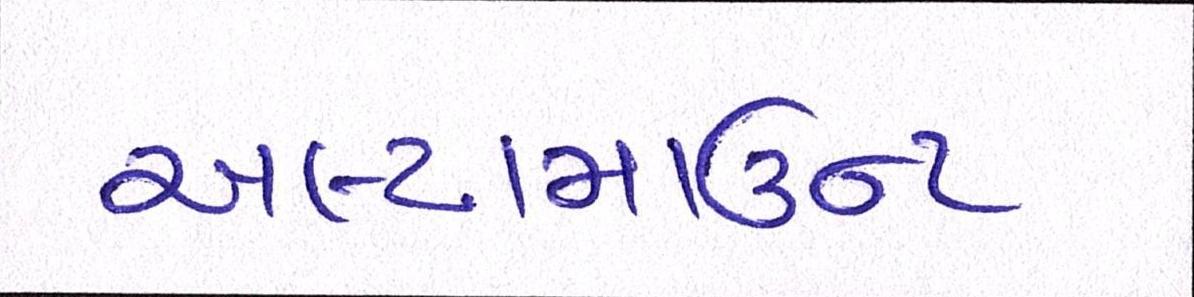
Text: અલ્ટામાઉન્ટ